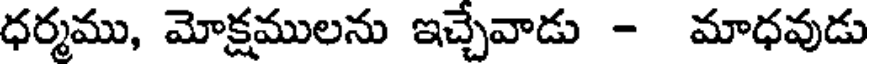
ధర్మము, మోక్షములను ఇచ్చేవాడు - మాధవుడు